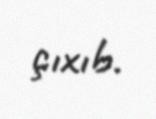
çıxıb.